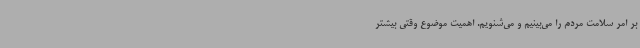
بر امر سلامت مردم را می‌بینیم و می‌شنویم. اهمیت موضوع وقتی بیشتر